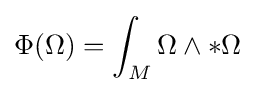
\Phi (\Omega )=\int _{M}\Omega \wedge *\Omega